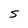
Character: s